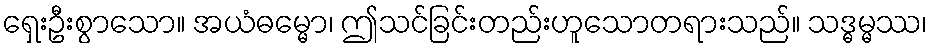
ရှေးဦးစွာသော။ အယံဓမ္မော၊ ဤသင်ခြင်းတည်းဟူသောတရားသည်။ သဒ္ဓမ္မဿ၊